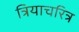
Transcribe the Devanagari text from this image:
त्रियाचरित्र